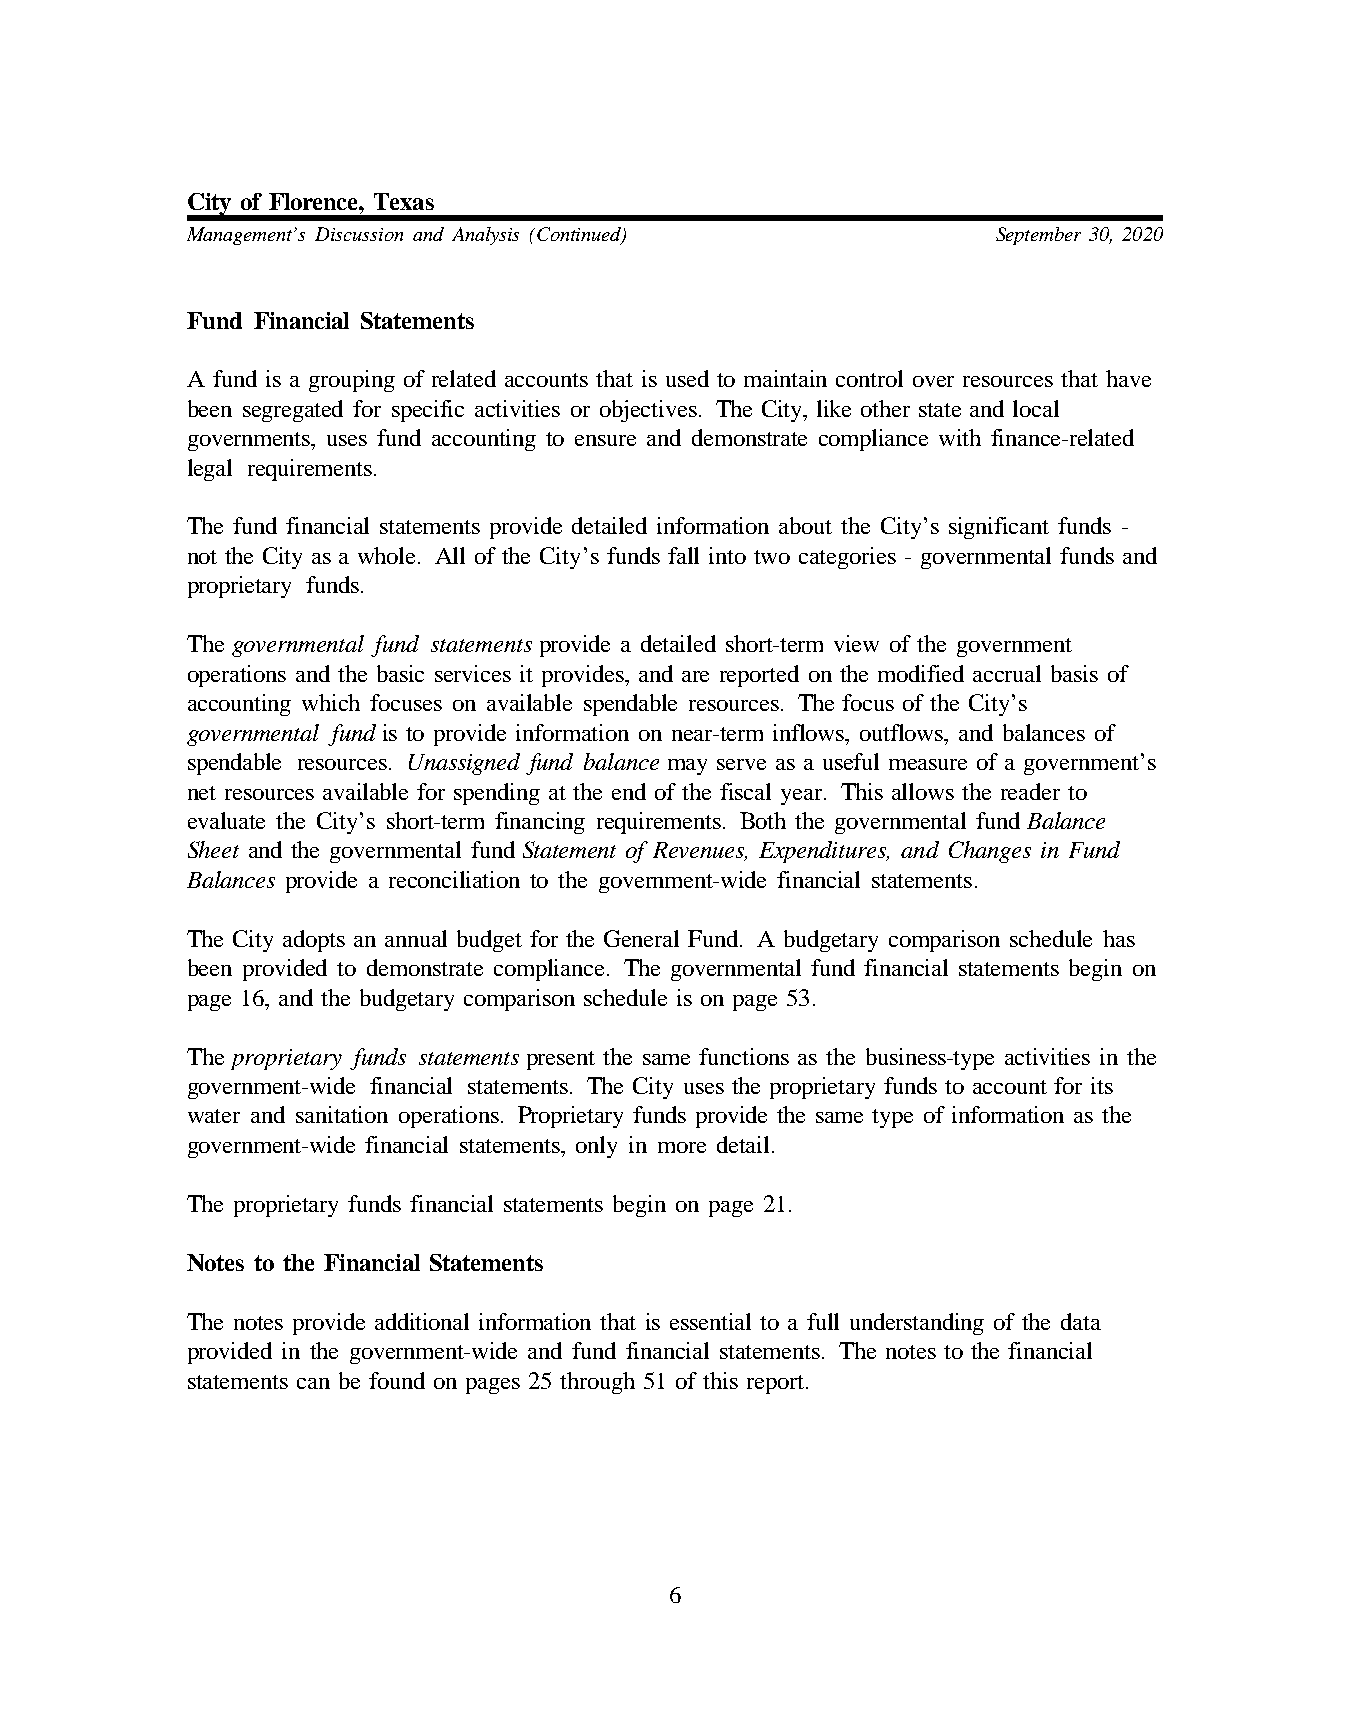
City of Florence, Texas
 Management’s Discussion and Analysis (Continued)      September 30, 2020
 Fund Financial Statements
 A fund is a grouping of related accounts that is used to maintain control over resources that have
 been segregated for specific activities or objectives. The City, like other state and local
 governments, uses fund accounting to ensure and demonstrate compliance with finance-related
 legal requirements.
 The fund financial statements provide detailed information about the City’s significant funds -
 not the City as a whole. All of the City’s funds fall into two categories - governmental funds and
 proprietary funds.
 The governmental fund statements provide a detailed short-term view of the government
 operations and the basic services it provides, and are reported on the modified accrual basis of
 accounting which focuses on available spendable resources. The focus of the City’s
 governmental fund is to provide information on near-term inflows, outflows, and balances of
 spendable resources. U nassigned fund balance may serve as a useful measure of a government’s
 net resources available for spending at the end of the fiscal year. This allows the reader to
 evaluate the City’s short-term financing requirements. Both the governmental fund Balance
 Sheet and the governmental fund Statement of Revenues, Expenditures, and Changes in Fund
 Balances provide a reconciliation to the government-wide financial statements.
 The City adopts an annual budget for the General Fund. A budgetary comparison schedule has
 been provided to demonstrate compliance. The governmental fund financial statements begin on
 page 16, and the budgetary comparison schedule is on page 53.
 The proprietary funds statements present the same functions as the business-type activities in the
 government-wide financial statements. T he City uses the proprietary funds to account for its
 water and sanitation operations. Proprietary funds provide the same type of information as the
 government-wide financial statements, only in more detail.
 The proprietary funds financial statements begin on page 21.
 Notes to the Financial Statements
 The notes provide additional information that is essential to a full understanding of the data
 provided in the government-wide and fund financial statements. The notes to the financial
 statements can be found on pages 25 through 51 of this report.
 6